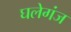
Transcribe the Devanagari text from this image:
घलेगंज